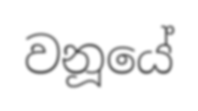
වනූයේ